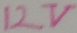
Text: 12V